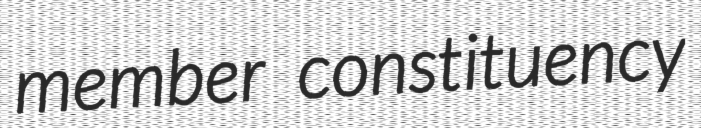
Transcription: member constituency